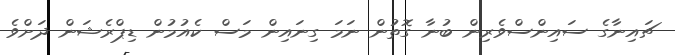
ޗައިނާގެ ސައިންސްވެރިން ބުނާ ގޮތުން ނަމަ ގިނައިން މަސް ކެއުމުން ޑިޕްރެޝަން ދަށްވެ